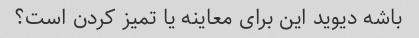
باشه دیوید این برای معاینه یا تمیز کردن است؟